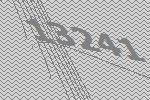
13241